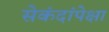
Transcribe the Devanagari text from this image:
सेकंदांपेक्षा